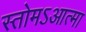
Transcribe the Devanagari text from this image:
स्तोमऽआत्मा